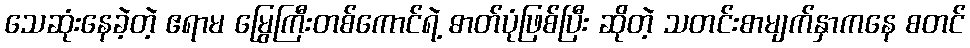
သေဆုံးနေခဲ့တဲ့ ဧရာမ မြွေကြီးတစ်ကောင်ရဲ့ ဓာတ်ပုံဖြစ်ပြီး ဆိုတဲ့ သတင်းစာမျက်နှာကနေ စတင်